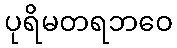
ပုရိမတရဘဝေ